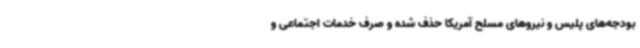
بودجه‌های پلیس و نیروهای مسلح آمریکا حذف شده و صرف خدمات اجتماعی و